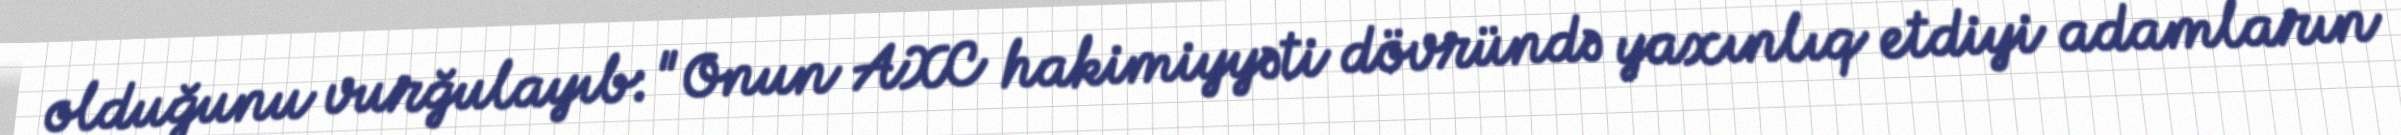
olduğunu vurğulayıb: "Onun AXC hakimiyyəti dövründə yaxınlıq etdiyi adamların